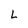
Character: L